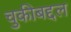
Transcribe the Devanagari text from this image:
चुकीबद्दल